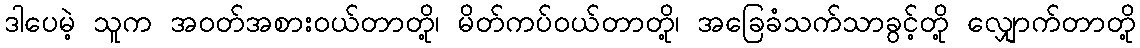
ဒါပေမဲ့ သူက အဝတ်အစားဝယ်တာတို့၊ မိတ်ကပ်ဝယ်တာတို့၊ အခြေခံသက်သာခွင့်တို့ လျှောက်တာတို့